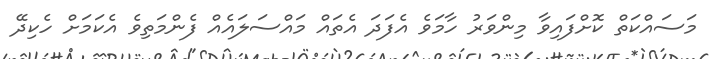
މަސައްކަތް ކޮށްފައިވާ މިންވަރު ހާމަވެ އެފަދަ އެތައް މައްސަލައެއް ފެންމަތިވެ އެކަމަށް ހެކިދޭ